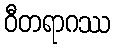
ဝီတရာဂဿ